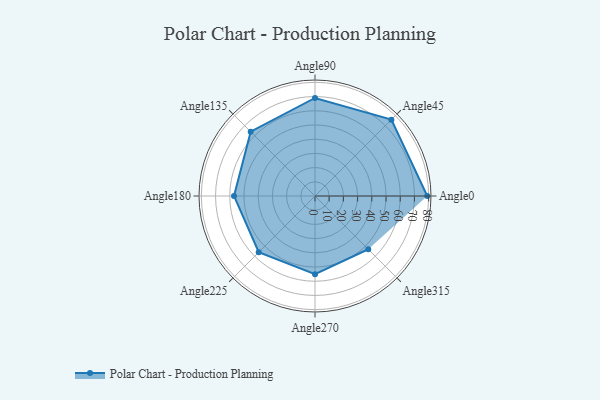
{"axis": {"x": "Angle", "y": "Radius"}, "legend": [""], "data": [{"x": "Angle0", "y": 79.0, "type": ""}, {"x": "Angle45", "y": 76.0, "type": ""}, {"x": "Angle90", "y": 69.0, "type": ""}, {"x": "Angle135", "y": 64.0, "type": ""}, {"x": "Angle180", "y": 57.0, "type": ""}, {"x": "Angle225", "y": 56.0, "type": ""}, {"x": "Angle270", "y": 55.0, "type": ""}, {"x": "Angle315", "y": 53.0, "type": ""}]}